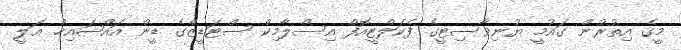
މީގެ އިތުރުން ގައުމީ ޔުނިވާސިޓީގެ ފެކަލްޓީއޮފް އިސްލާމިކް ސްޓަޑީޒްގެ ޑީން އައްޝައިޚް އަލީ